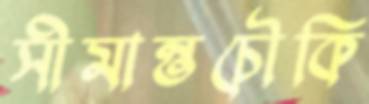
সীমান্তচৌকি